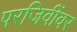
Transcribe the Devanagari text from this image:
परजिवींवर